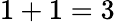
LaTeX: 1+1=3